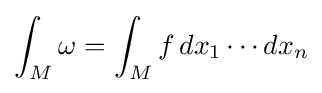
\int _{M}\omega =\int _{M}f\,dx_{1}\cdots dx_{n}